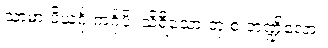
သာမာ ပိယင်္ဂု ကင်္ဂုပိ၊ သိရီသော တု စ ဘဏ္ဍိလော။